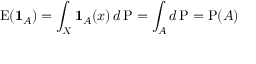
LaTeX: \operatorname { E } ( \mathbf { 1 } _ { A } ) = \int _ { X } \mathbf { 1 } _ { A } ( x ) \, d \operatorname { P } = \int _ { A } d \operatorname { P } = \operatorname { P } ( A )